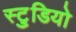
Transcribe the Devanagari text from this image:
स्टु्डियो